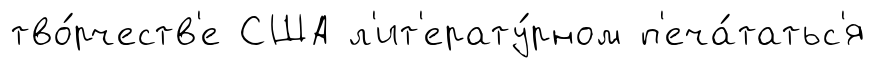
тво́рчеств'е США л'ит'ерату́рном п'еча́татьс'я